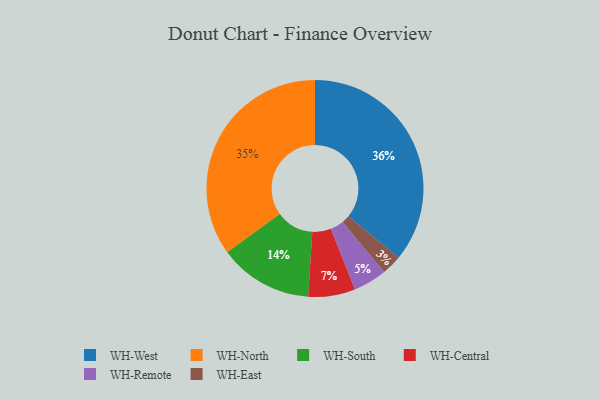
{"axis": {"x": "Category", "y": "Percentage"}, "legend": ["WH-Central", "WH-East", "WH-North", "WH-Remote", "WH-South", "WH-West"], "data": [{"x": "WH-West", "y": 36, "type": "WH-West"}, {"x": "WH-Central", "y": 7, "type": "WH-Central"}, {"x": "WH-East", "y": 3, "type": "WH-East"}, {"x": "WH-North", "y": 35, "type": "WH-North"}, {"x": "WH-South", "y": 14, "type": "WH-South"}, {"x": "WH-Remote", "y": 5, "type": "WH-Remote"}]}